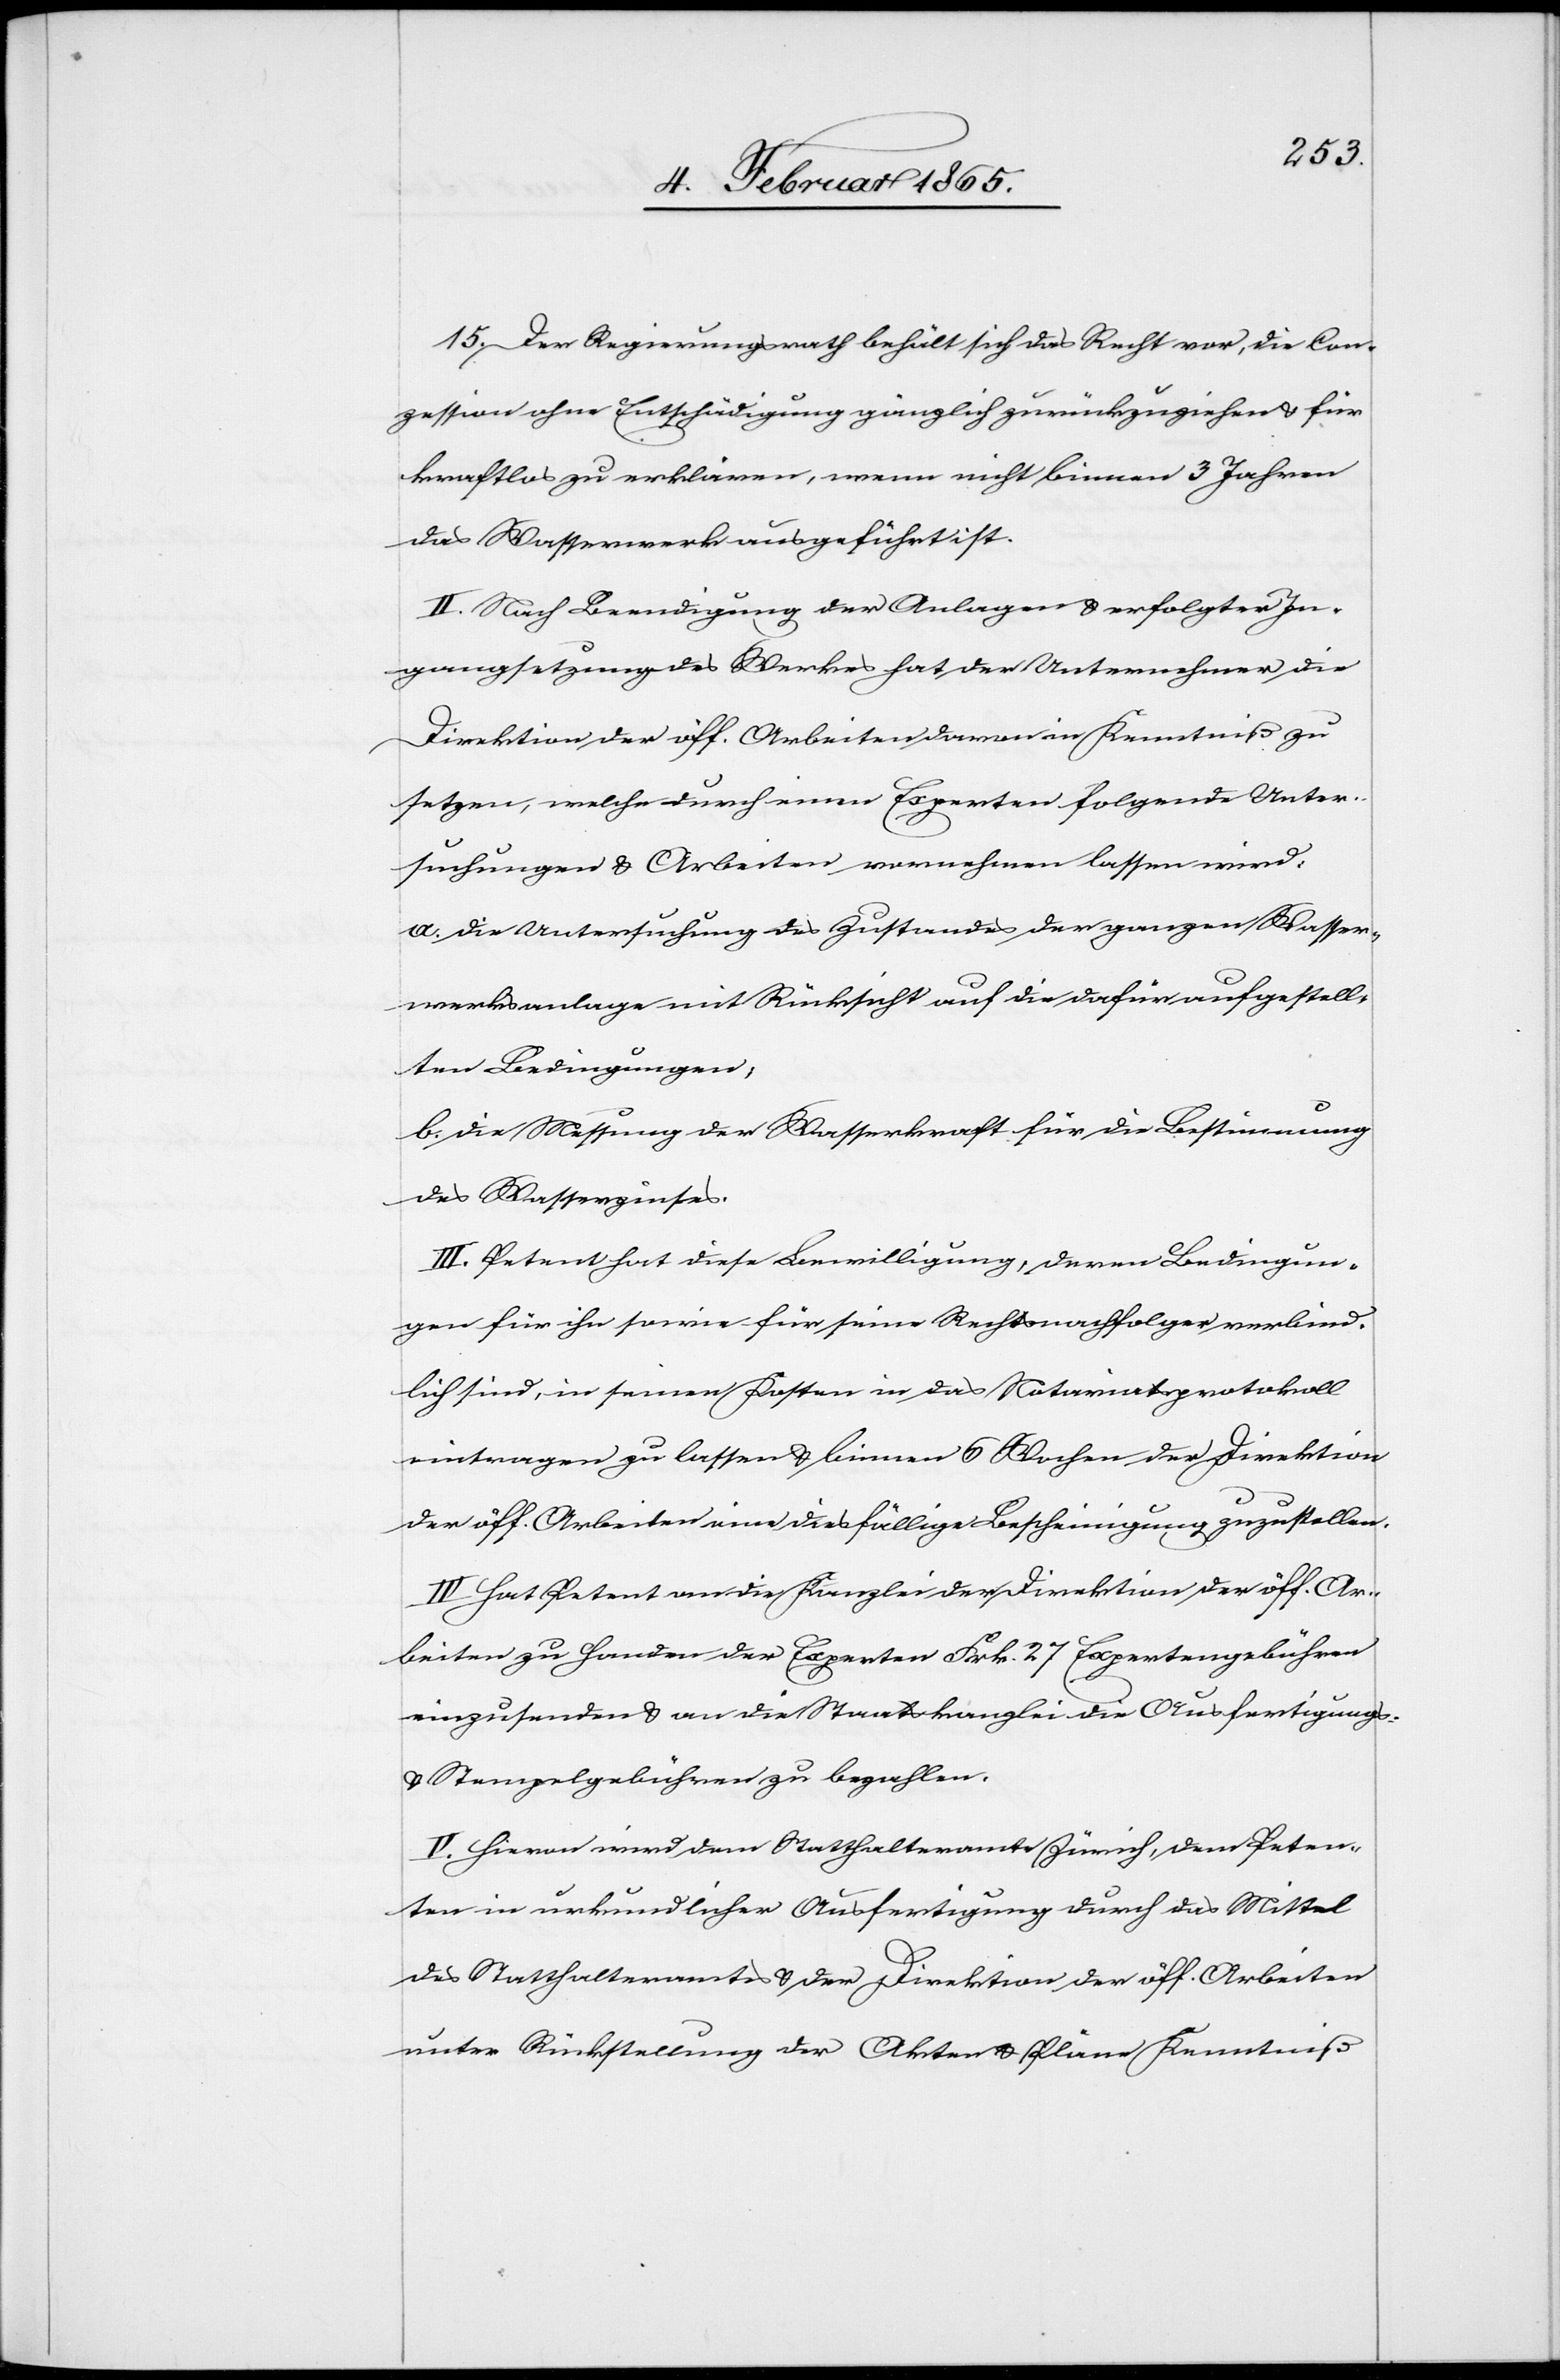
15. Der Regierungsrath behält sich das Recht vor, die Con¬
zession ohne Entschädigung gänzlich zurückzuziehen u. für
kraftlos zu erklären, wenn nicht binnen 3 Jahren
das Wasserwerk ausgeführt ist.
II. Nach Beendigung der Anlagen u. erfolgter In¬
gangsetzung des Werkes hat der Unternehmer die
Direktion der öff. Arbeiten davon in Kenntniß zu
setzen, welche durch einen Experten folgende Unter¬
suchungen u. Arbeiten vornehmen lassen wird:
a. Die Untersuchung des Zustandes der ganzen Wasser¬
werksanlage mit Rücksicht auf die dafür aufgestell¬
ten Bedingungen,
b. Die Messung der Wasserkraft für die Besitmmung
des Wasserzinses.
III. Petent hat diese Bewilligung, deren Bedingun¬
gen für ihn sowie für seine Rechtsnachfolger verbind¬
lich sind, in seinen Kosten in das Notariatsprotokoll
eintragen zu lassen u. binnen 6 Wochen der Direktion
der öff. Arbeiten eine diesfällige Bescheinigung zuzustellen.
IV. Hat Petent an die Kanzlei der Direktion der öff. Ar¬
beiten zu Handen der Experten Frk. 27 Expertengebühren
einzusenden u. an die Staatskanzlei die Ausfertigungs-
u. Stempelgebühren zu bezahlen.
V. Hievon wird dem Statthalteramte Zürich, dem Peten¬
ten in urkundlicher Ausfertigung durch das Mittel
des Statthalteramtes u. der Direktion der öff. Arbeiten
unter Rückstellung der Akten u. Pläne Kenntniß